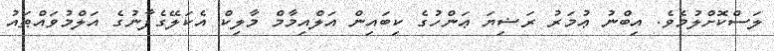
ލަސްކޮށްލުމެވެ. އިބްނު ޢުމަރު ރަޟިޔަ ޢަންހުގެ ކިބައިން އަލްއިމާމް މާލިކް އެކަލޭގެފާނުގެ އަލްމުވައްޠައު